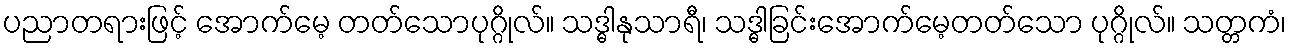
ပညာတရားဖြင့် အောက်မေ့ တတ်သောပုဂ္ဂိုလ်။ သဒ္ဓါနုသာရီ၊ သဒ္ဓါခြင်းအောက်မေ့တတ်သော ပုဂ္ဂိုလ်။ သတ္တကံ၊